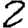
Digit: 2